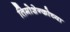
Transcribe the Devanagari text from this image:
तिमोशेन्कोच्या